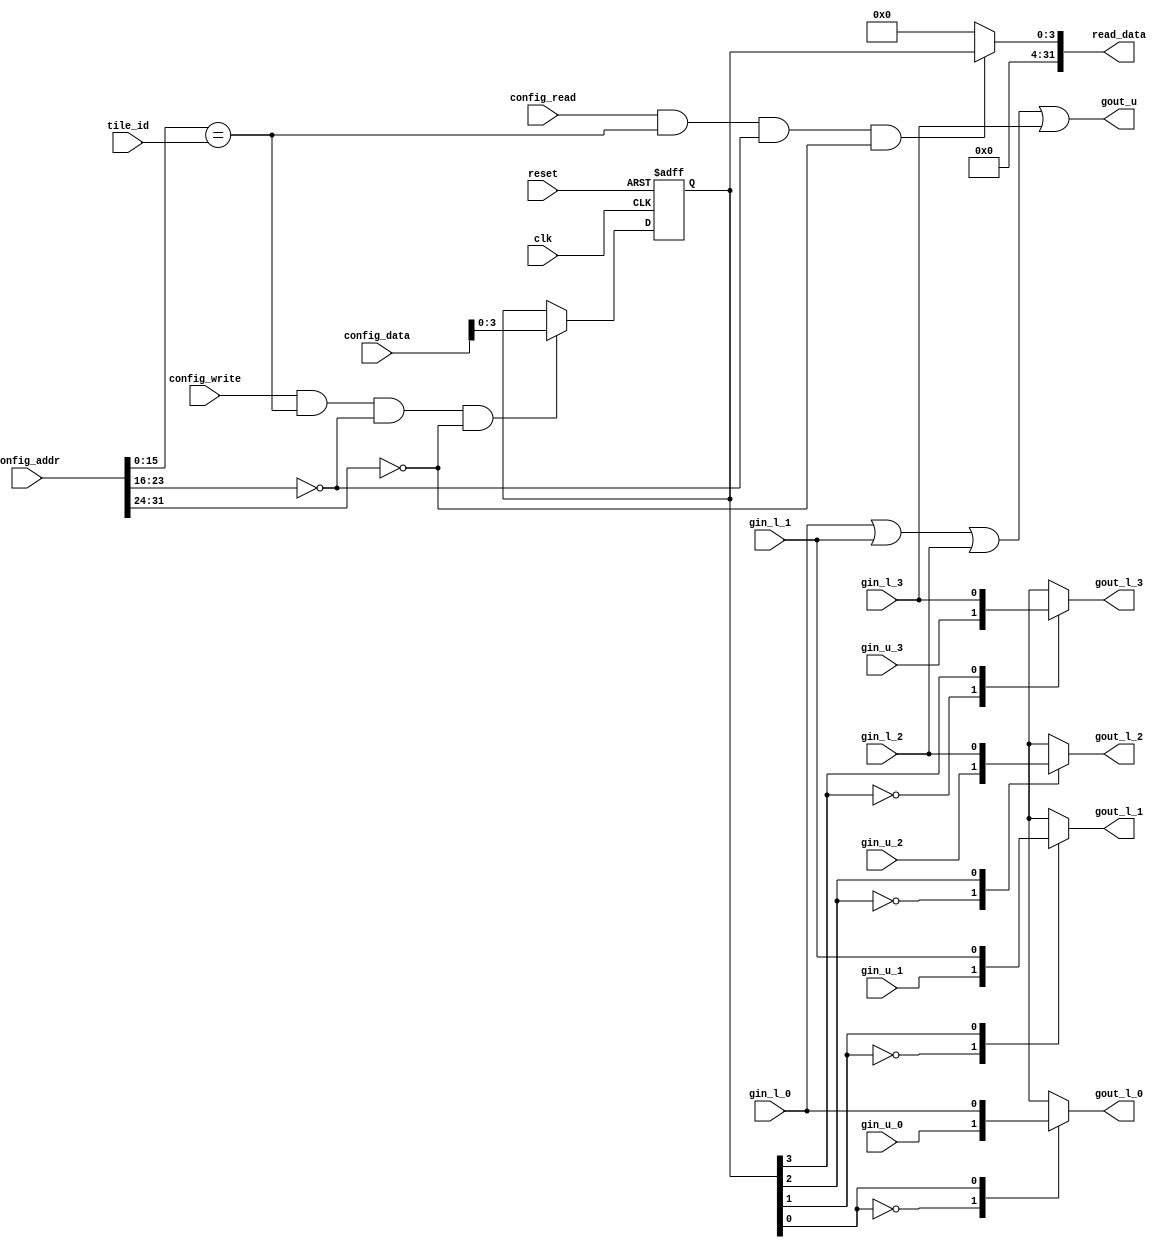
//
//--------------------------------------------------------------------------------
//          THIS FILE WAS AUTOMATICALLY GENERATED BY THE GENESIS2 ENGINE        
//  FOR MORE INFORMATION: OFER SHACHAM (CHIP GENESIS INC / STANFORD VLSI GROUP)
//    !! THIS VERSION OF GENESIS2 IS NOT FOR ANY COMMERCIAL USE !!
//     FOR COMMERCIAL LICENSE CONTACT SHACHAM@ALUMNI.STANFORD.EDU
//--------------------------------------------------------------------------------
//
//  
//	-----------------------------------------------
//	|            Genesis Release Info             |
//	|  $Change: 11904 $ --- $Date: 2013/08/03 $   |
//	-----------------------------------------------
//	
//
//  Source file: /Users/akashlevy/OneDrive - Levylab/Documents/Research/Hybrid-RRAM-NEMS/cgra/jade/global_signal_tile/global_signal_tile.vp
//  Source template: global_signal_tile
//
// --------------- Begin Pre-Generation Parameters Status Report ---------------
//
//	From 'generate' statement (priority=5):
// Parameter global_signal_count 	= 4
//
//		---- ---- ---- ---- ---- ---- ---- ---- ---- ---- ----
//
//	From Command Line input (priority=4):
//
//		---- ---- ---- ---- ---- ---- ---- ---- ---- ---- ----
//
//	From XML input (priority=3):
//
//		---- ---- ---- ---- ---- ---- ---- ---- ---- ---- ----
//
//	From Config File input (priority=2):
//
// ---------------- End Pre-Generation Pramameters Status Report ----------------

// global_signal_count (_GENESIS2_INHERITANCE_PRIORITY_) = 4
//

module global_signal_tile_unq1 (
gin_l_0,
gin_u_0,
gout_l_0,
gin_l_1,
gin_u_1,
gout_l_1,
gin_l_2,
gin_u_2,
gout_l_2,
gin_l_3,
gin_u_3,
gout_l_3,
gout_u,
clk,
reset,
config_addr,
config_data,
config_read,
config_write,
tile_id,
read_data
);
  input gin_l_0;
  input gin_u_0;
  input gin_l_1;
  input gin_u_1;
  input gin_l_2;
  input gin_u_2;
  input gin_l_3;
  input gin_u_3;
  output reg gout_l_0;
  output reg gout_l_1;
  output reg gout_l_2;
  output reg gout_l_3;
  output reg gout_u;
  input  clk;
  input  reset;
  input [31:0] config_addr;
  input [31:0] config_data;
  input config_read;
  input config_write;
  input [15:0] tile_id;
  output reg [31:0] read_data;

 reg [3:0] config_reg;
 always @(posedge clk or posedge reset) begin
   if (reset==1'b1) begin
     config_reg <= {4'd0};
   end else begin
       if (config_write && (config_addr[15:0]==tile_id)&&(config_addr[23:16]==8'd0)&&(config_addr[31:24]==8'd0)) begin
         config_reg <= config_data[3:0];
       end
   end
 end
  always @(*) begin
    if (config_read && (config_addr[15:0]==tile_id)&&(config_addr[23:16]==8'd0)&&(config_addr[31:24]==8'd0)) begin
      read_data = config_reg;
    end
    else begin
      read_data = 'h0;
    end
  end
  always @(*) begin
    gout_u = gin_l_0 | gin_l_1 | gin_l_2 | gin_l_3 | 1'b0;
  end

  always @(*) begin
    case (config_reg[0])
      1'd0: gout_l_0 = gin_u_0;
      1'd1: gout_l_0 = gin_l_0;
      default: gout_l_0 =  gin_u_0;
    endcase
  end
  always @(*) begin
    case (config_reg[1])
      1'd0: gout_l_1 = gin_u_1;
      1'd1: gout_l_1 = gin_l_1;
      default: gout_l_1 =  gin_u_1;
    endcase
  end
  always @(*) begin
    case (config_reg[2])
      1'd0: gout_l_2 = gin_u_2;
      1'd1: gout_l_2 = gin_l_2;
      default: gout_l_2 =  gin_u_2;
    endcase
  end
  always @(*) begin
    case (config_reg[3])
      1'd0: gout_l_3 = gin_u_3;
      1'd1: gout_l_3 = gin_l_3;
      default: gout_l_3 =  gin_u_3;
    endcase
  end
endmodule